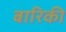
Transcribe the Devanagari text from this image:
बारिकी